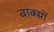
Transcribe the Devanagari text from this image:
बाक्सों